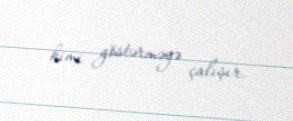
kimi göstərməyə çalışır.